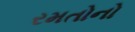
રમતોનો